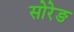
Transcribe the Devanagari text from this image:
सोरेङ